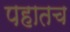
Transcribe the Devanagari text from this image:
पहातच